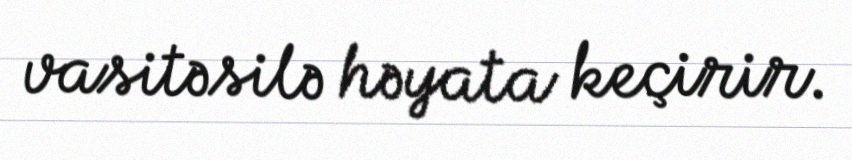
vasitəsilə həyata keçirir.